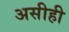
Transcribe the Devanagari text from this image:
असीही